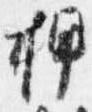
押